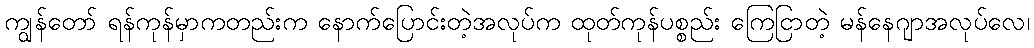
ကျွန်တော် ရန်ကုန်မှာကတည်းက နောက်ပြောင်းတဲ့အလုပ်က ထုတ်ကုန်ပစ္စည်း ကြေငြာတဲ့ မန်နေဂျာအလုပ်လေ၊